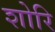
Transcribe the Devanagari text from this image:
शोरि